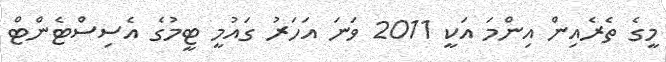
މީގެ ތެރެއިން އިންމަ އަކީ 2011 ވަނަ އަހަރު ގައުމީ ޓީމުގެ އެސިސްޓެންޓް